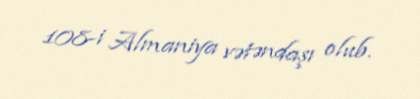
108-i Almaniya vətəndaşı olub.